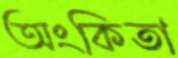
অংকিতা